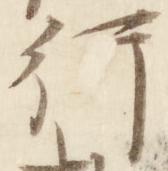
行